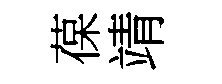
葆靖